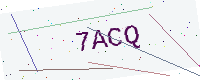
Text: 7ACQ